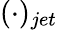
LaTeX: (\cdot)_{jet}